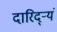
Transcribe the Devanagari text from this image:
दारिद्ऱ्यं